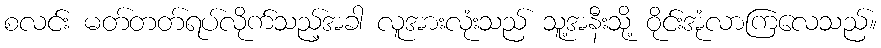
စလင်း မတ်တတ်ရပ်လိုက်သည့်အခါ လူအားလုံးသည် သူ့အနီးသို့ ဝိုင်းအုံလာကြလေသည်။